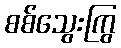
စစ်သွေးကြွ